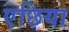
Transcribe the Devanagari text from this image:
एछिया